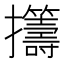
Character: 𫾡